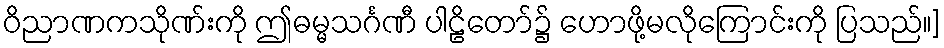
ဝိညာဏကသိုဏ်းကို ဤဓမ္မသင်္ဂဏီ ပါဠိတော်၌ ဟောဖို့မလိုကြောင်းကို ပြသည်။]